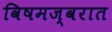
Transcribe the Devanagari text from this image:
विषमज्वरात